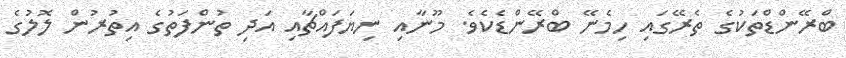
ބްރޭންޑްތަކުގެ ތެރޭގައި ހިމެނޭ ބްރޭންޑެކެެވެ. މޫނާއި ނިޔަފައްޗާއި އަދި ތުންފަތުގެ އިތުރުން ލޮލުގެ